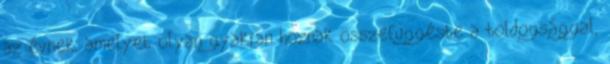
az évnek, amelyet olyan gyakran hoznak összefüggésbe a boldogsággal,